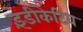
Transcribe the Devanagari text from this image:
इंडीकेटिव